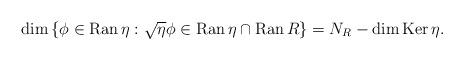
LaTeX: \begin{align*}\dim\left\{ \phi\in\operatorname{Ran}\eta:\sqrt{\eta}\phi\in\operatorname{Ran}\eta\cap\operatorname{Ran}R\right\} =N_{R}-\dim\operatorname{Ker}\eta. \end{align*}